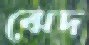
ঝেদ